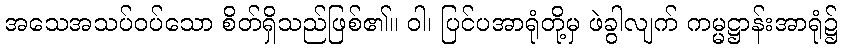
အသေအသပ်ဝပ်သော စိတ်ရှိသည်ဖြစ်၏။ ဝါ၊ ပြင်ပအာရုံတို့မှ ဖဲခွါလျက် ကမ္မဋ္ဌာန်းအာရုံ၌